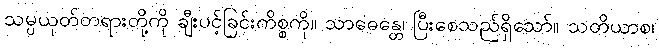
သမ္ပယုတ်တရားတို့ကို ချီးပင့်ခြင်းကိစ္စကို။ သာဓေန္တေ၊ ပြီးစေသည်ရှိသော်။ သတိယာစ၊